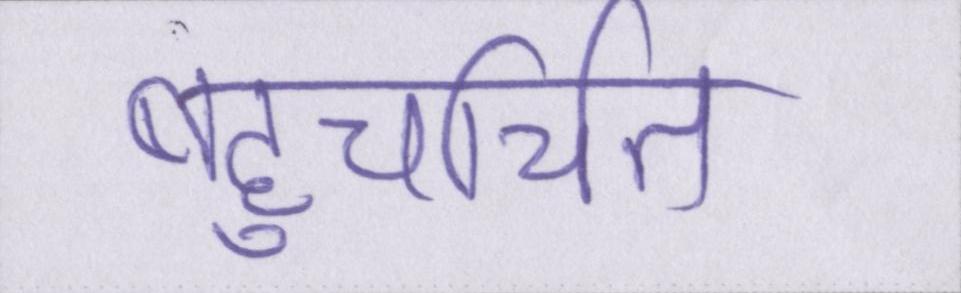
बहुचर्चित